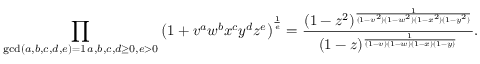
\prod _ { \substack { \operatorname* { g c d } ( a , b , c , d , e ) = 1 \, a , b , c , d \geq 0 , e > 0 } } \left( 1 + v ^ { a } w ^ { b } x ^ { c } y ^ { d } z ^ { e } \right) ^ { \frac { 1 } { e } } = \frac { ( 1 - z ^ { 2 } ) ^ { \frac { 1 } { ( 1 - v ^ { 2 } ) ( 1 - w ^ { 2 } ) ( 1 - x ^ { 2 } ) ( 1 - y ^ { 2 } ) } } } { ( 1 - z ) ^ { \frac { 1 } { ( 1 - v ) ( 1 - w ) ( 1 - x ) ( 1 - y ) } } } .